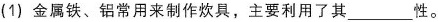
(1)金属铁、铝常用来制作炊具，主要利用了其___性。